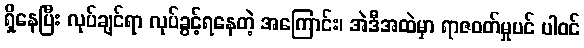
ရှိနေပြီး လုပ်ချင်ရာ လုပ်ခွင့်ရနေတဲ့ အကြောင်း၊ အဲဒီအထဲမှာ ရာဇဝတ်မှုပင် ပါဝင်